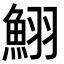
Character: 鮙